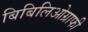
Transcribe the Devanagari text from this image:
बिबिलिओग्राफी